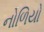
નોળિયો